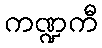
ကဏ္ဍကီ